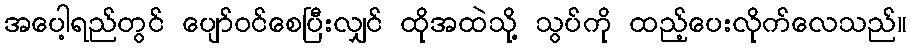
အပေါ့ရည်တွင် ပျော်ဝင်စေပြီးလျှင် ထိုအထဲသို့ သွပ်ကို ထည့်ပေးလိုက်လေသည်။